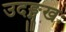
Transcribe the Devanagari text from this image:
उदङ्मुखः